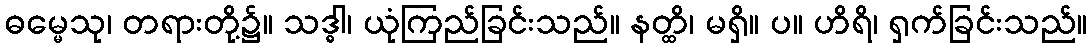
ဓမ္မေသု၊ တရားတို့၌။ သဒ္ဓါ၊ ယုံကြည်ခြင်းသည်။ နတ္ထိ၊ မရှိ။ ပ။ ဟိရိ၊ ရှက်ခြင်းသည်။